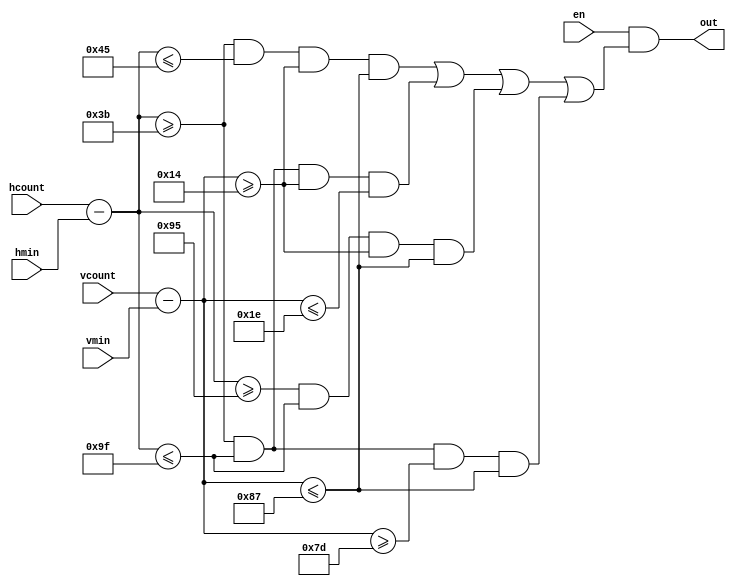
`timescale 1ns / 1ps
//////////////////////////////////////////////////////////////////////////////////
// Company: 
// Engineer: 
// 
// Design Name: 
// Module Name:    ofig 
// Project Name: 
// Target Devices: 
// Tool versions: 
// Description: 
//
// Dependencies: 
//
// Revision: 
// Revision 0.01 - File Created
// Additional Comments: 
//
//////////////////////////////////////////////////////////////////////////////////
module ofig(hmin, hcount, vmin, vcount, en, out);
	
	input wire[10:0] hcount, vcount;
	input wire[10:0] hmin, vmin;
	input wire en;
	output wire out;
	
	wire[10:0] h, v;
	
	assign h = hcount - hmin;
	assign v = vcount - vmin;
	
	/*
	parameter hs = 208;
	parameter vs = 155;
	
	assign out = 
		en &&
		(vcount >= vmin && vcount <= vmin + 200) &&
		(hcount >= hmin && hcount <= hmin + 100) &&
		(
			(
				(hcount>(hmin +hs)>>1 ? hcount-((hmin +hs)>>1) : ((hmin +hs)>>1)-hcount) + 
				(vcount>(vmin +vs)>>1 ? vcount-((vmin +vs)>>1) : ((vmin +vs)>>1)-vcount) 
				>= (vs>>1)-30
			) && (
				(hcount>(hmin +hs)>>1 ? hcount-((hmin +hs)>>1) : ((hmin +hs)>>1)-hcount) + 
				(vcount>(vmin +vs)>>1 ? vcount-((vmin +vs)>>1) : ((vmin +vs)>>1)-vcount) 
				<= (vs>>1)-20
			)
		);*/
	assign out = en &&
	(
	(h >= 59  && h <= 69  && v >= 20  && v <= 135) ||
	(h >= 59  && h <= 159 && v >= 20  && v <= 30 ) ||
	(h >= 149 && h <= 159 && v >= 20  && v <= 135) ||
	(h >= 59  && h <= 159 && v >= 125 && v <= 135)
	);


endmodule